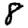
Digit: 8